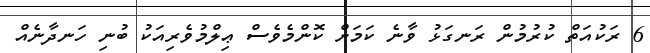
6 ރަކުއަތް ކުރުމުން ރަނގަޅު ވާނެ ކަމަށް ކޮންމެވެސް ޢިލްމުވެރިއަކު ބުނި ހަނދާނެއް